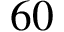
6 0